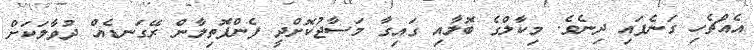
އެއްޗެހި ގަނެފައި ދިނެވެ. މިކާލްގެ ބޮލާއި ގައިގާ މަސާޖުކޮށްދީ ފެންފޮތިލާން ރޭގަނޑެއް ދުވާލަކަށް